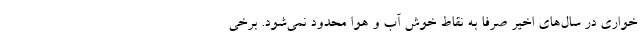
خواری در سال‌های اخیر صرفا به نقاط خوش آب و هوا محدود نمی‌شود. برخی